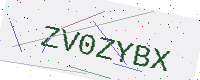
Text: ZV0ZYBX